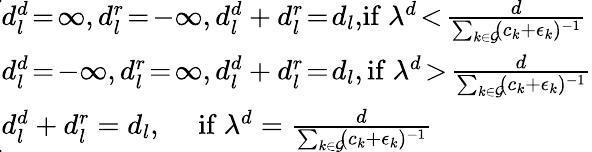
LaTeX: \begin{array}{r}{\! \! \! \! \left\{ \begin{array}{l}{\! d_{l}^{d}\! =\! \infty,d_{l}^{r}\! =\! -\infty,d_{l}^{d}+d_{l}^{r}\! =\! d_{l},\! \mathrm{if~}\lambda^{d}\! <\! \frac{d}{\sum_{k\in\mathcal{G}}\! (c_{k}+\epsilon_{k})^{-1}}}\\ {\! d_{l}^{d}\! =\! -\infty,d_{l}^{r}\! =\! \infty,d_{l}^{d}+d_{l}^{r}\! =\! d_{l},\mathrm{if~}\lambda^{d}\! >\! \frac{d}{\sum_{k\in\mathcal{G}}\! (c_{k}+\epsilon_{k})^{-1}}}\\ {\! d_{l}^{d}+d_{l}^{r}=d_{l},\quad\mathrm{~if~}\lambda^{d}=\frac{d}{\sum_{k\in\mathcal{G}}\! (c_{k}+\epsilon_{k})^{-1}}}\end{array}\right.}\end{array}